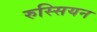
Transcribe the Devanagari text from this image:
रुस्सियन